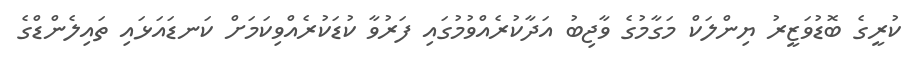
ކުރީގެ ބޮޑުވަޒީރު ޔިންލަކް މަގާމުގެ ވާޖިބު އަދާކުރެއްވުމުގައި ފަރުވާ ކުޑަކުރެއްވިކަމަށް ކަނޑައަޅައި ތައިލެންޑްގެ